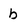
Character: b